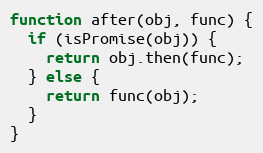
Language: JavaScript
function after(obj, func) {
  if (isPromise(obj)) {
    return obj.then(func);
  } else {
    return func(obj);
  }
}